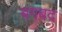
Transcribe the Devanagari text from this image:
बगबद